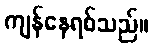
ကျန်နေရစ်သည်။